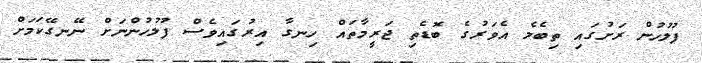
ފުލުހުން ރަށުގައި ތިބެމެ އެވަރުގެ ބޮޑެތި ޖަރީމާތައް ހިނގާ އިރުގައިވެސް ފުލުހުންނަށް ނޭނގޭކަމަށް